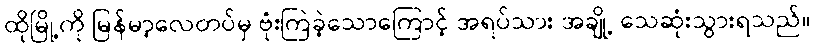
ထိုမြို့ကို မြန်မာ့လေတပ်မှ ဗုံးကြဲခဲ့သောကြောင့် အရပ်သား အချို့ သေဆုံးသွားရသည်။